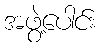
အဖွဲ့ပေါင်း